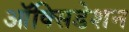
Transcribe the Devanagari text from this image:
ऑक्सिडेशन